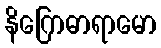
နိဂြောဓာရာမော